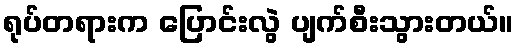
ရုပ်တရားက ပြောင်းလွဲ ပျက်စီးသွားတယ်။